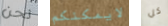
نحن لايمكنكم كل